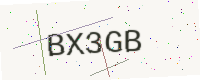
Text: BX3GB